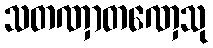
သတဏှာတဏှေသု